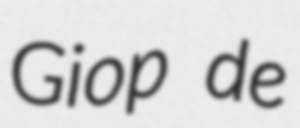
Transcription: Giop de